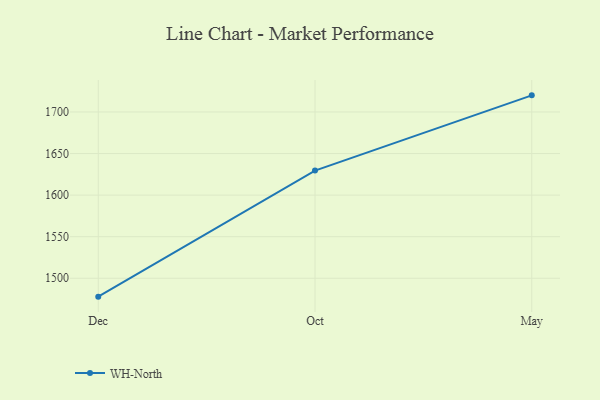
{"axis": {"x": "Month", "y": "Net Income (USD K)"}, "legend": ["WH-North"], "data": [{"x": "Dec", "y": 1477.9, "type": "WH-North"}, {"x": "Oct", "y": 1629.5, "type": "WH-North"}, {"x": "May", "y": 1720.0, "type": "WH-North"}]}